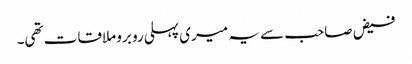
فیض صاحب سے یہ میری پہلی رو برو ملاقات تھی۔